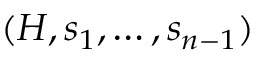
( H , s _ { 1 } , \dots , s _ { n - 1 } )